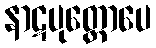
နာဋပုတ္တောပေ